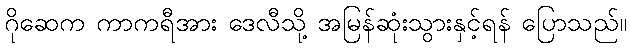
ဂိုဆေက ကာကရီအား ဒေလီသို့ အမြန်ဆုံးသွားနှင့်ရန် ပြောသည်။